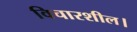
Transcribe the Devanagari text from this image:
विचारशील।